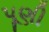
પૂણી